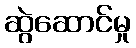
ဆွဲဆောင်မှု